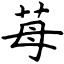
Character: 苺